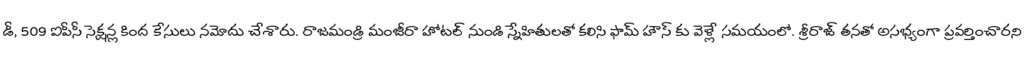
డీ, 509 ఐపీసీ సెక్షన్ల కింద కేసులు నమోదు చేశారు. రాజమండ్రి మంజీరా హోటల్ నుండి స్నేహితులతో కలిసి ఫామ్ హౌస్ కు వెళ్లే సమయంలో. శ్రీరాజ్ తనతో అసభ్యంగా ప్రవర్తించారని